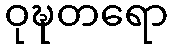
ဝုဍ္ဎတရော